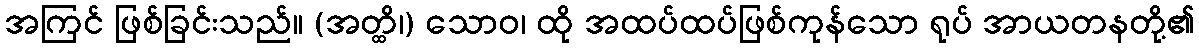
အကြင် ဖြစ်ခြင်းသည်။ (အတ္ထိ၊) သောဝ၊ ထို အထပ်ထပ်ဖြစ်ကုန်သော ရုပ် အာယတနတို့၏